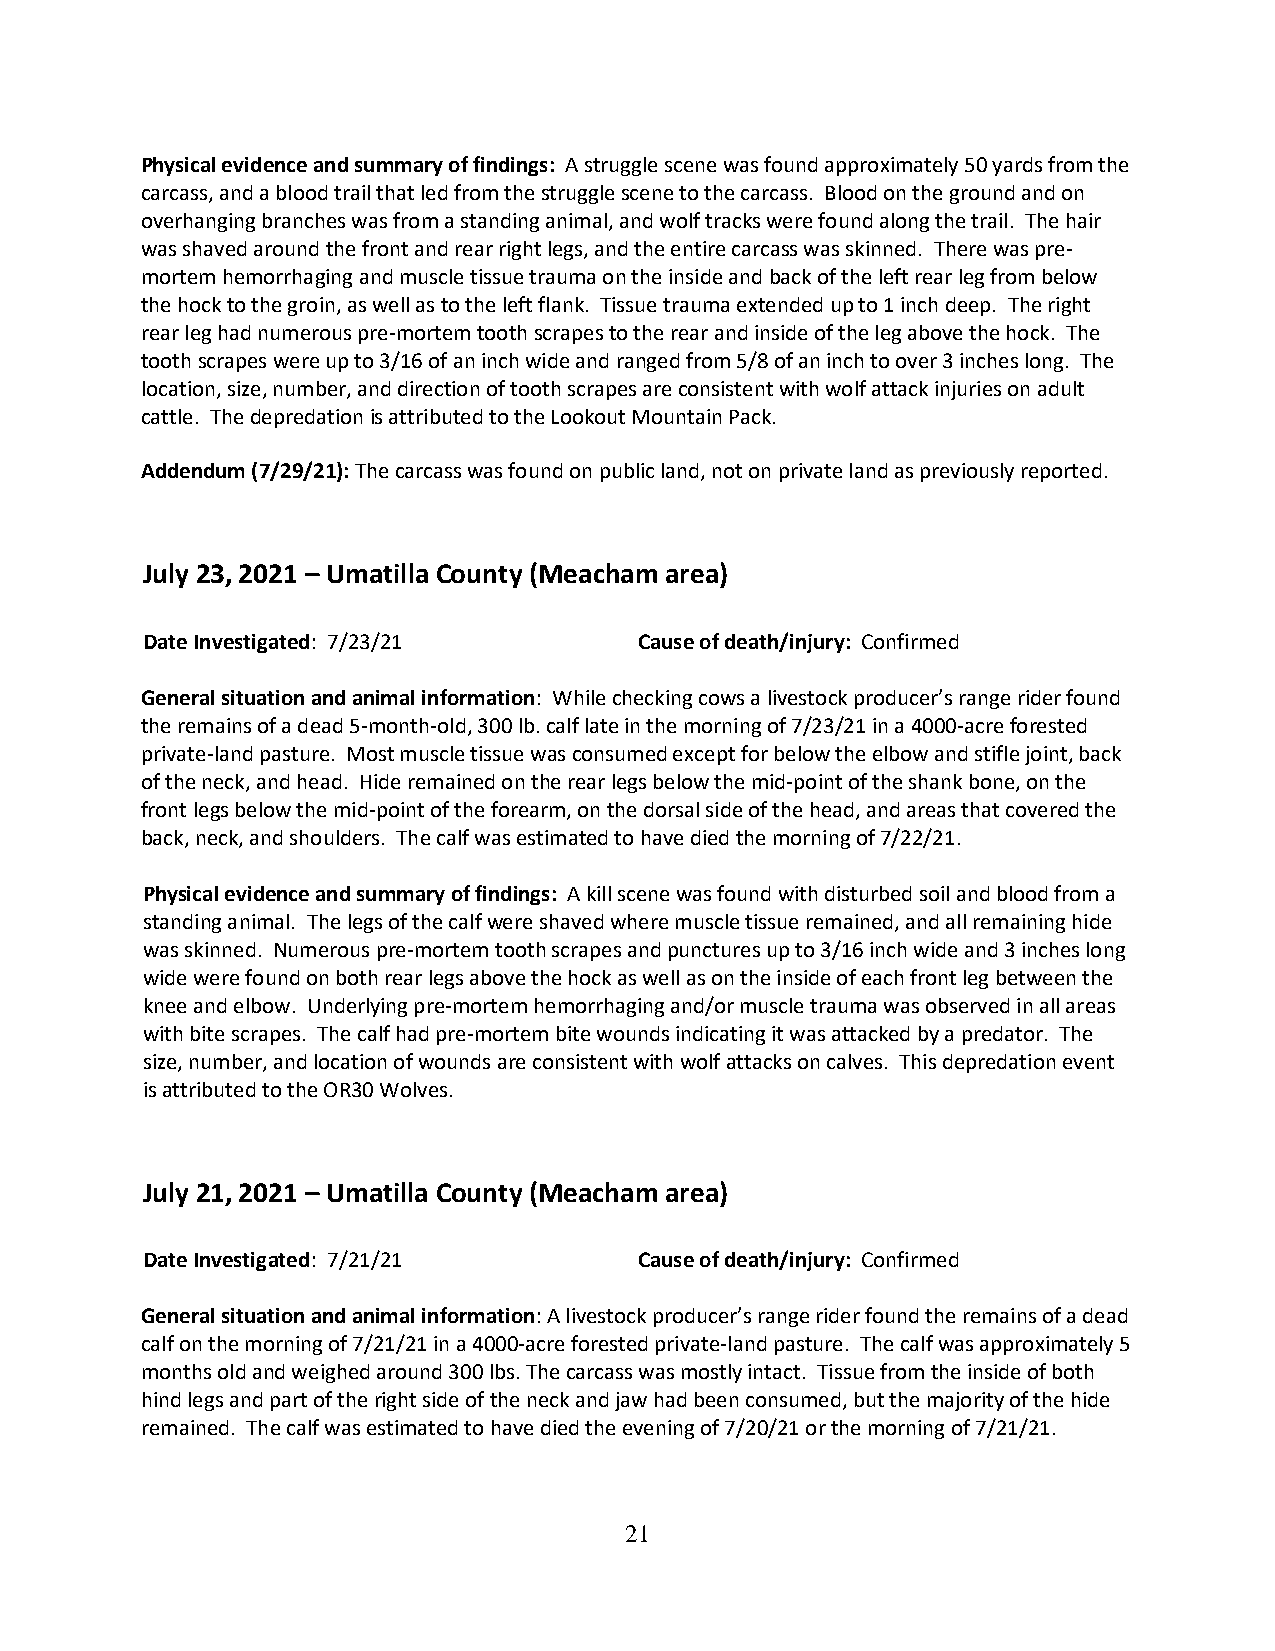
Physical evidence and summary of findings: A struggle scene was found approximately 50 yards from the
 carcass, and a blood trail that led from the struggle scene to the carcass. Blood on the ground and on
 overhanging branches was from a standing animal, and wolf tracks were found along the trail. The hair
 was shaved around the front and rear right legs, and the entire carcass was skinned. There was pre-
 mortem hemorrhaging and muscle tissue trauma on the inside and back of the left rear leg from below
 the hock to the groin, as well as to the left flank. Tissue trauma extended up to 1 inch deep. The right
 rear leg had numerous pre-mortem tooth scrapes to the rear and inside of the leg above the hock. The
 tooth scrapes were up to 3/16 of an inch wide and ranged from 5/8 of an inch to over 3 inches long. The
 location, size, number, and direction of tooth scrapes are consistent with wolf attack injuries on adult
 cattle. The depredation is attributed to the Lookout Mountain Pack.
 Addendum (7/29/21): The carcass was found on public land, not on private land as previously reported.
 July 23, 2021 – Umatilla County (Meacham area)
 Date Investigated: 7/23/21       Cause of death/injury: Confirmed
 General situation and animal information: While checking cows a livestock producer’s range rider found
 the remains of a dead 5-month-old, 300 lb. calf late in the morning of 7/23/21 in a 4000-acre forested
 private-land pasture. Most muscle tissue was consumed except for below the elbow and stifle joint, back
 of the neck, and head. Hide remained on the rear legs below the mid-point of the shank bone, on the
 front legs below the mid-point of the forearm, on the dorsal side of the head, and areas that covered the
 back, neck, and shoulders. The calf was estimated to have died the morning of 7/22/21.
 Physical evidence and summary of findings: A kill scene was found with disturbed soil and blood from a
 standing animal. The legs of the calf were shaved where muscle tissue remained, and all remaining hide
 was skinned. Numerous pre-mortem tooth scrapes and punctures up to 3/16 inch wide and 3 inches long
 wide were found on both rear legs above the hock as well as on the inside of each front leg between the
 knee and elbow. Underlying pre-mortem hemorrhaging and/or muscle trauma was observed in all areas
 with bite scrapes. The calf had pre-mortem bite wounds indicating it was attacked by a predator. The
 size, number, and location of wounds are consistent with wolf attacks on calves. This depredation event
 is attributed to the OR30 Wolves.
 July 21, 2021 – Umatilla County (Meacham area)
 Date Investigated: 7/21/21       Cause of death/injury: Confirmed
 General situation and animal information: A livestock producer’s range rider found the remains of a dead
 calf on the morning of 7/21/21 in a 4000-acre forested private-land pasture. The calf was approximately 5
 months old and weighed around 300 lbs. The carcass was mostly intact. Tissue from the inside of both
 hind legs and part of the right side of the neck and jaw had been consumed, but the majority of the hide
 remained. The calf was estimated to have died the evening of 7/20/21 or the morning of 7/21/21.
 21